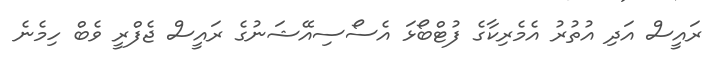
ރައީސް އަދި އުތުރު އެމެރިކާގެ ފުޓްބޯޅަ އެސޯސިއޭޝަނުގެ ރައީސް ޖެފްރީ ވެބް ހިމެނެ